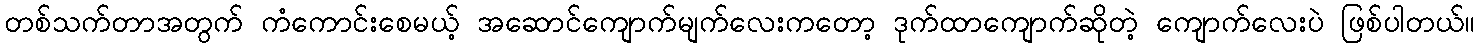
တစ်သက်တာအတွက် ကံကောင်းစေမယ့် အဆောင်ကျောက်မျက်လေးကတော့ ဒုက်ထာကျောက်ဆိုတဲ့ ကျောက်လေးပဲ ဖြစ်ပါတယ်။